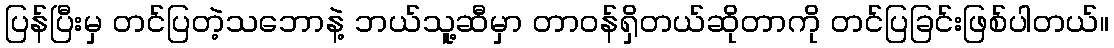
ပြန်ပြီးမှ တင်ပြတဲ့သဘောနဲ့ ဘယ်သူ့ဆီမှာ တာဝန်ရှိတယ်ဆိုတာကို တင်ပြခြင်းဖြစ်ပါတယ်။